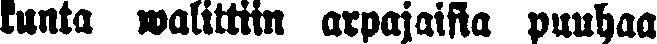
kunta walittiin arpajaisia puuhaa